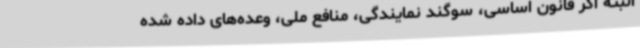
البته اگر قانون اساسی، سوگند نمایندگی، منافع ملی، وعده‌های داده شده